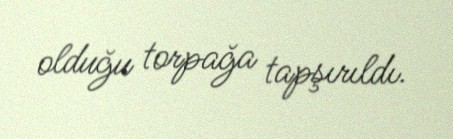
olduğu torpağa tapşırıldı.